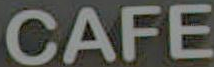
CAFE